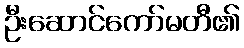
ဦးဆောင်ကော်မတီ၏